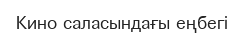
Кино саласындағы еңбегі